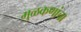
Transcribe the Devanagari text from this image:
मुळकणांचा